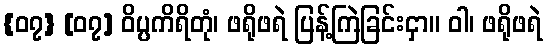
{၀၇} [၀၇] ဝိပ္ပကိရိတုံ၊ ဖရိုဖရဲ ပြန့်ကြဲခြင်းငှာ။ ဝါ၊ ဖရိုဖရဲ